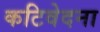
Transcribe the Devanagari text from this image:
कटिवेदना